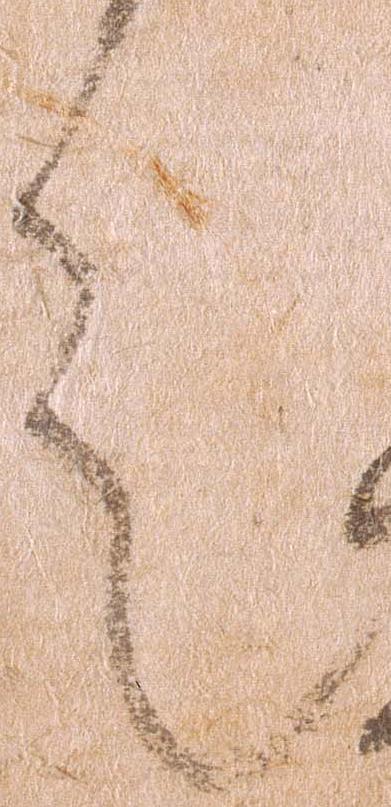
言